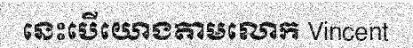
នេះបើយោងតាមលោក Vincent